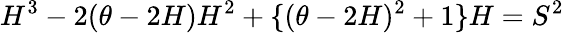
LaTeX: H^{3}-2(\theta-2H)H^{2}+\{ (\theta-2H)^{2}+1\} H=S^{2}